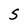
Character: S